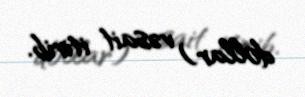
dollar) vəsait itirib.